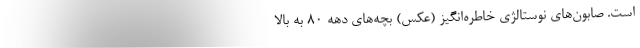
است. صابون‌های نوستالژیِ خاطره‌انگیز (عکس) بچه‌های دهه ۸۰ به بالا